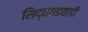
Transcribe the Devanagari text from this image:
सिद्धगडवाडी